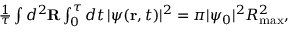
\begin{array} { r } { \frac { 1 } { \tau } \int d ^ { 2 } { \bf R } \int _ { 0 } ^ { \tau } d t \, | \psi ( { \bf r } , t ) | ^ { 2 } = \pi | \psi _ { 0 } | ^ { 2 } R _ { \mathrm { m a x } } ^ { 2 } , } \end{array}